Civil Veterinary Department Bihar & Orissa reports 1922-29 - 1922-1929
Year: 1922
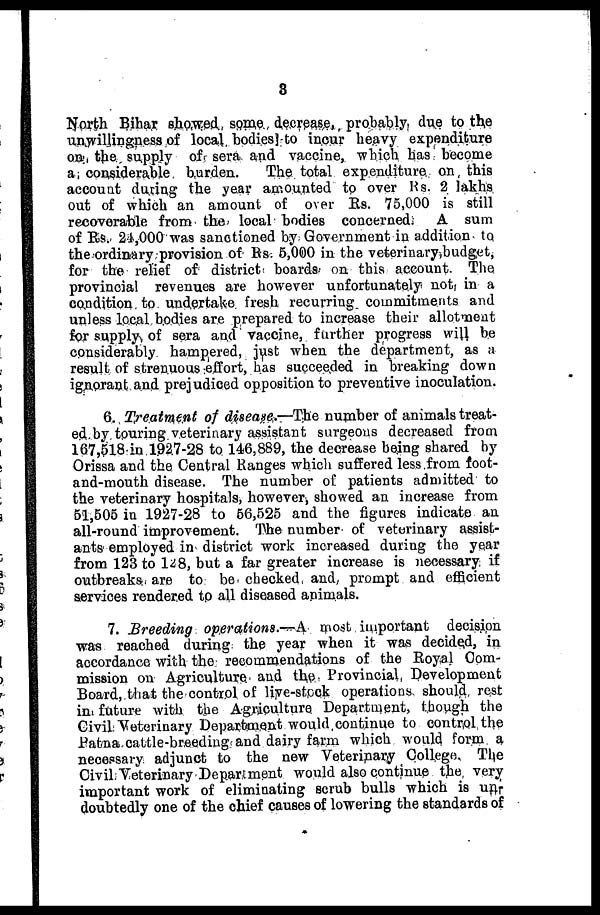
3
North Bihar showed, some decrease, probably due to the
unwillingness of local bodies) to incur heavy expenditure
on the supply of sera and vaccine, which has become
a, considerable burden.
The total expenditure on this
account during the year amounted to over Rs. 2 lakhs
out of which an amount of over Rs. 75,000 is still
recoverable from the local bodies concerned.
A sum
of Rs. 24,000 was sanctioned by Government in addition to
the ordinary provision of Rs. 5,000 in the veterinary budget,
for the relief of district boards on this account. The
provincial revenues are however unfortunately not, in a
condition to undertake fresh recurring commitments and
unless local bodies are prepared to increase their allotment
for supply of sera and vaccine, further progress will be
considerably hampered, just when the department, as a
result of strenuous effort, has succeeded in breaking down
ignorant and prejudiced opposition to preventive inoculation.
6. Treatment of disease,—The number of animals treat-
ed by touring veterinary assistant surgeons decreased from
167,518 in 1927-28 to 146,889, the decrease being shared by
Orissa and the Central Ranges which suffered less from foot-
and-mouth disease. The number of patients admitted to
the veterinary hospitals, however, showed an increase from
61,505 in 1927-28 to 56,525 and the figures indicate an
all-round improvement. The number of veterinary assist-
ants employed in district work increased during the year
from 123 to 128, but a far greater increase is necessary if
outbreaks are to be checked and prompt and efficient
services rendered to all diseased animals.
7. Breeding operations.—A most important decision
was reached during the year when it was decided, in
accordance with the recommendations of the Royal Com-
mission on Agriculture and the Provincial Development
Board, that the control of live-stock operations should rest
in future with the Agriculture Department, though the
Civil Veterinary Department would continue to control the
Patna cattle-breeding and dairy farm which would form a
necessary adjunct to the new Veterinary College, The
Civil Veterinary Department would also continue the very
important work of eliminating scrub bulls which is un-
doubtedly one of the chief causes of lowering the standards of